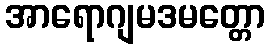
အာရောဂျမဒမတ္တော